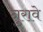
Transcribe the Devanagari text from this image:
नुरावे